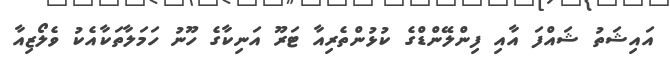
އައިޝަތު ޝައްފަ އާއި ފިންލޭންޑްގެ ކުޅުންތެރިއާ ޓަރޫ އަނިކާގެ ހޫނު ހަމަލާތަކާއެކު ވެލޯޒިއާ